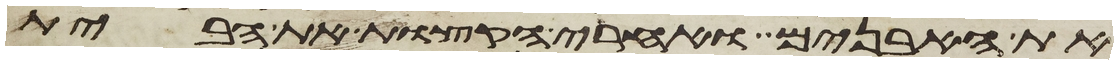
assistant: את האבנים ואחרי הקצות את הבית